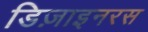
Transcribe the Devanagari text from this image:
डिज़ाइनरस